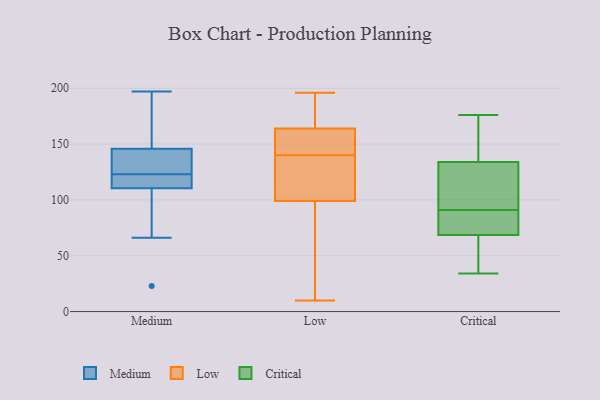
{"axis": {"x": "Tickets Resolved", "y": "Value"}, "legend": ["Critical", "Low", "Medium"], "data": [{"x": "", "y": 123, "type": "Medium"}, {"x": "", "y": 135, "type": "Medium"}, {"x": "", "y": 66, "type": "Medium"}, {"x": "", "y": 176, "type": "Medium"}, {"x": "", "y": 118, "type": "Medium"}, {"x": "", "y": 119, "type": "Medium"}, {"x": "", "y": 70, "type": "Medium"}, {"x": "", "y": 112, "type": "Medium"}, {"x": "", "y": 110, "type": "Medium"}, {"x": "", "y": 197, "type": "Medium"}, {"x": "", "y": 23, "type": "Medium"}, {"x": "", "y": 148, "type": "Medium"}, {"x": "", "y": 139, "type": "Medium"}, {"x": "", "y": 171, "type": "Medium"}, {"x": "", "y": 134, "type": "Medium"}, {"x": "", "y": 182, "type": "Low"}, {"x": "", "y": 130, "type": "Low"}, {"x": "", "y": 149, "type": "Low"}, {"x": "", "y": 164, "type": "Low"}, {"x": "", "y": 165, "type": "Low"}, {"x": "", "y": 99, "type": "Low"}, {"x": "", "y": 103, "type": "Low"}, {"x": "", "y": 135, "type": "Low"}, {"x": "", "y": 196, "type": "Low"}, {"x": "", "y": 63, "type": "Low"}, {"x": "", "y": 41, "type": "Low"}, {"x": "", "y": 145, "type": "Low"}, {"x": "", "y": 10, "type": "Low"}, {"x": "", "y": 151, "type": "Low"}, {"x": "", "y": 60, "type": "Critical"}, {"x": "", "y": 71, "type": "Critical"}, {"x": "", "y": 100, "type": "Critical"}, {"x": "", "y": 90, "type": "Critical"}, {"x": "", "y": 102, "type": "Critical"}, {"x": "", "y": 34, "type": "Critical"}, {"x": "", "y": 168, "type": "Critical"}, {"x": "", "y": 53, "type": "Critical"}, {"x": "", "y": 98, "type": "Critical"}, {"x": "", "y": 70, "type": "Critical"}, {"x": "", "y": 163, "type": "Critical"}, {"x": "", "y": 64, "type": "Critical"}, {"x": "", "y": 91, "type": "Critical"}, {"x": "", "y": 131, "type": "Critical"}, {"x": "", "y": 143, "type": "Critical"}, {"x": "", "y": 83, "type": "Critical"}, {"x": "", "y": 176, "type": "Critical"}]}